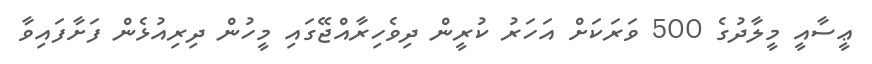
ޢީސާއީ މީލާދުގެ 500 ވަރަކަށް އަހަރު ކުރީން ދިވެހިރާއްޖޭގައި މީހުން ދިރިއުޅެން ފަށާފައިވާ